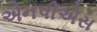
એનપીએસ